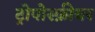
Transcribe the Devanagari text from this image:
ट्रोपोस्फ़ीयर